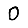
Digit: 0